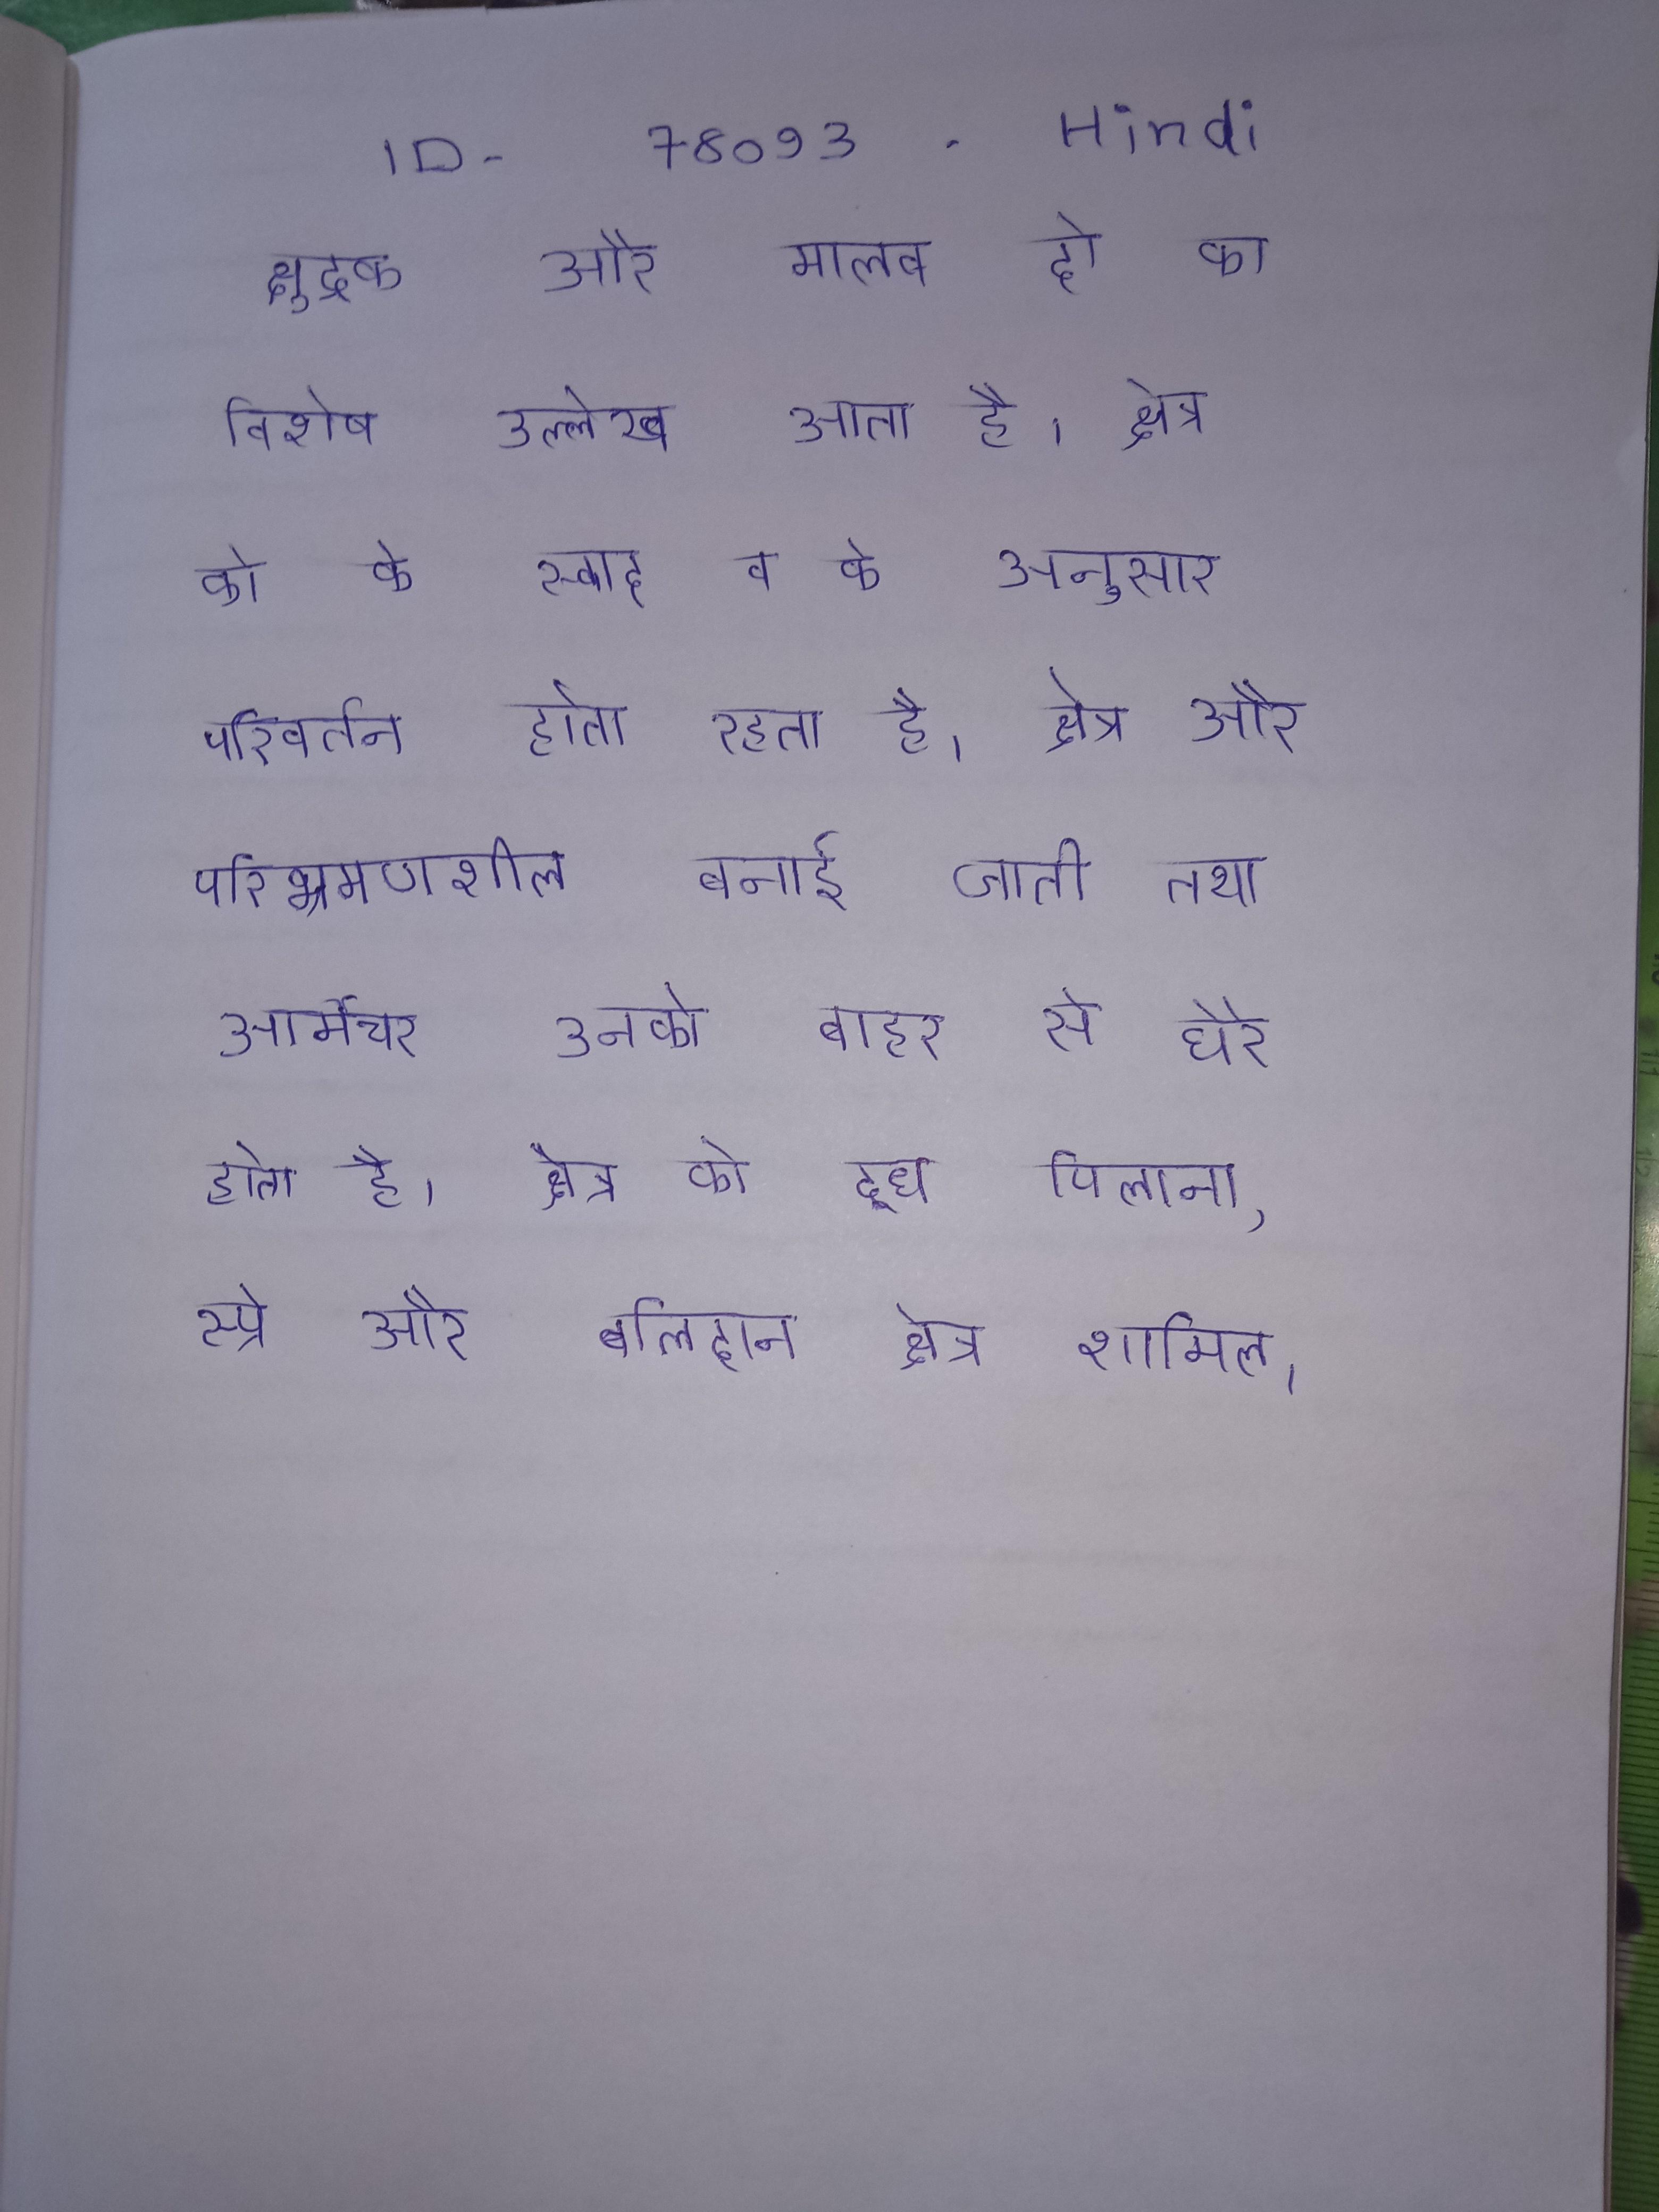
क्षुद्रक और मालव दो का विशेष उल्लेख आता है । क्षेत्र को के स्वाद व के अनुसार परिवर्तन होता रहता है । क्षेत्र और परिभ्रमणशील बनाई जाती तथा आर्मेचर उनको बाहर से घेरे होता है । क्षेत्र को दूध पिलाना, स्प्रे और बलिदान क्षेत्र शामिल ।